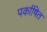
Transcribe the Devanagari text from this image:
पर्काषित